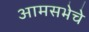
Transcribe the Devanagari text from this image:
आमसभेचे